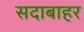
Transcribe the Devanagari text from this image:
सदाबाहर